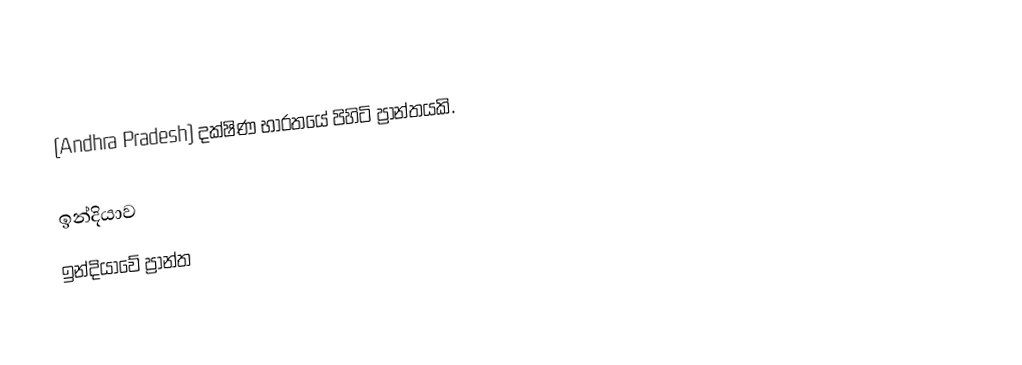
(Andhra Pradesh) දක්ෂිණ භාරතයේ පිහිටි ප්‍රාන්තයකි.

ඉන්දියාව
ඉන්දියාවේ ප්‍රාන්ත